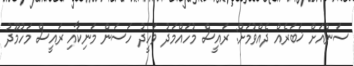
ސަންއަށް ޚަބަރެއް ދެއްވުމަށް: ރައީސް މުހައްމަދު ވަހީދު ހަސަން މަނިކާއި ރައީސް މަހުމޫދު